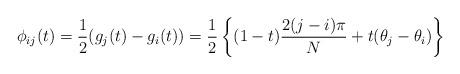
LaTeX: \begin{gather*}\phi_{ij} (t) =\frac{1}{2}( g_{j}(t) -g_{i}(t)) =\frac{1}{2}\left\{ (1-t) \frac{2(j-i)\pi}{N}+t(\theta_{j}-\theta_{i}) \right\}\end{gather*}